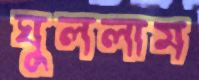
ঘুললাম